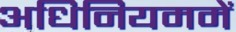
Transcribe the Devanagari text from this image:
अधिनियममें